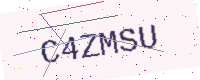
Text: C4ZMSU